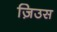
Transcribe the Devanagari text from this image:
ज़िउस